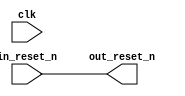
// ghrd_10as066n2_rst_in.v

// Generated using ACDS version 17.1 240

`timescale 1 ps / 1 ps
module ghrd_10as066n2_rst_in (
		input  wire  clk,         //       clk.clk
		input  wire  in_reset_n,  //  in_reset.reset_n
		output wire  out_reset_n  // out_reset.reset_n
	);

	assign out_reset_n = in_reset_n;

endmodule